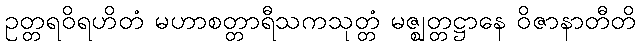
ဥတ္တရဝိရဟိတံ မဟာစတ္တာရီသကသုတ္တံ မဇ္ဈတ္တဋ္ဌာနေ ဝိဇာနာတီတိ